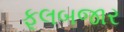
ફૂલબજાર